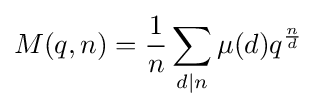
M(q,n)={\frac {1}{n}}\sum _{d\mid n}\mu (d)q^{\frac {n}{d}}